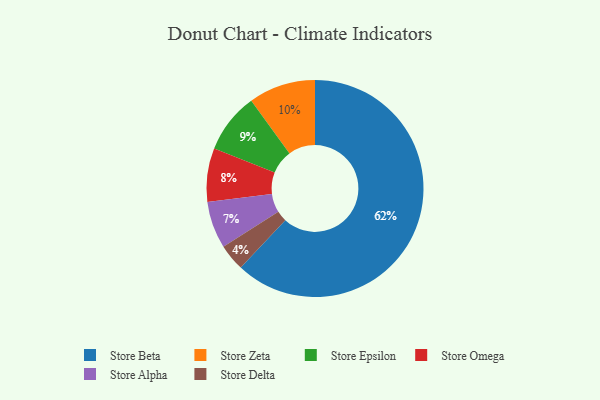
{"axis": {"x": "Category", "y": "Percentage"}, "legend": ["Store Alpha", "Store Beta", "Store Delta", "Store Epsilon", "Store Omega", "Store Zeta"], "data": [{"x": "Store Delta", "y": 4, "type": "Store Delta"}, {"x": "Store Omega", "y": 8, "type": "Store Omega"}, {"x": "Store Epsilon", "y": 9, "type": "Store Epsilon"}, {"x": "Store Zeta", "y": 10, "type": "Store Zeta"}, {"x": "Store Alpha", "y": 7, "type": "Store Alpha"}, {"x": "Store Beta", "y": 62, "type": "Store Beta"}]}